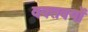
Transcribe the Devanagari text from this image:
वक्तवयों